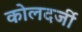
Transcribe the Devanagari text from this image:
कोलदर्जी